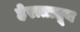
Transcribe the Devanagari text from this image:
हेरातातून